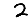
Digit: 2